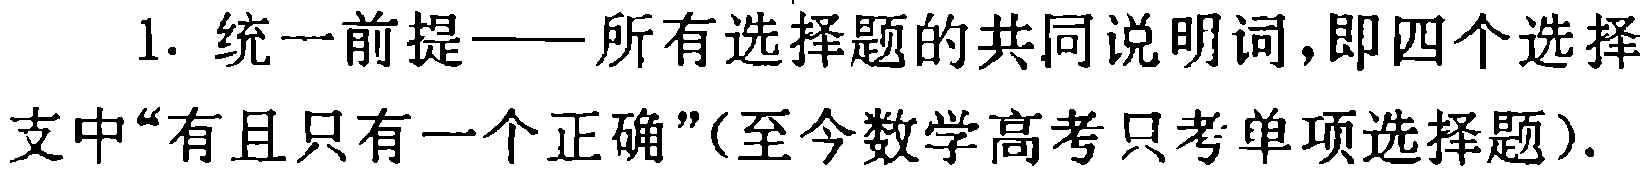
1. 统一前提——所有选择题的共同说明词，即四个选择支中“有且只有一个正确”(至今数学高考只考单项选择题).